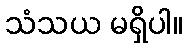
သံသယ မရှိပါ။